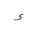
Letter: _hamza